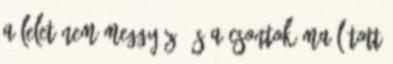
a lelet nem meggyőző és a csontok ma látott